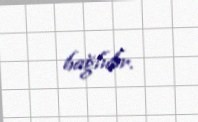
bağlıdır.